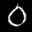
Label: 0